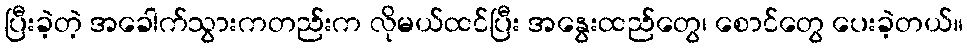
ပြီးခဲ့တဲ့ အခေါက်သွားကတည်းက လိုမယ်ထင်ပြီး အနွေးထည်တွေ၊ စောင်တွေ ပေးခဲ့တယ်။